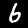
Digit: 6